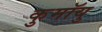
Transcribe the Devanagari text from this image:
कुमॉयु